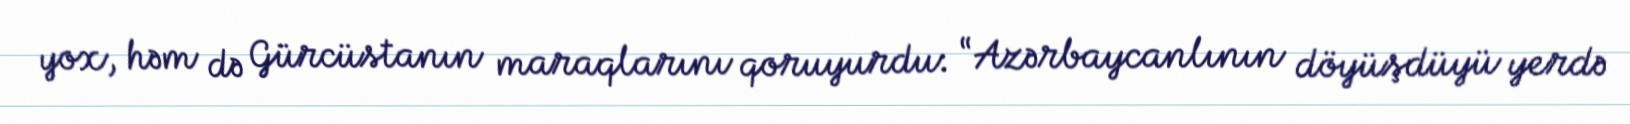
yox, həm də Gürcüstanın maraqlarını qoruyurdu: “Azərbaycanlının döyüşdüyü yerdə